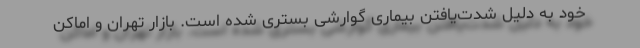
خود به دلیل شدت‌یافتن بیماری گوارشی بستری شده است. بازار تهران و اماکن